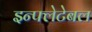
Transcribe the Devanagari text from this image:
इन्फ्लेटेबल